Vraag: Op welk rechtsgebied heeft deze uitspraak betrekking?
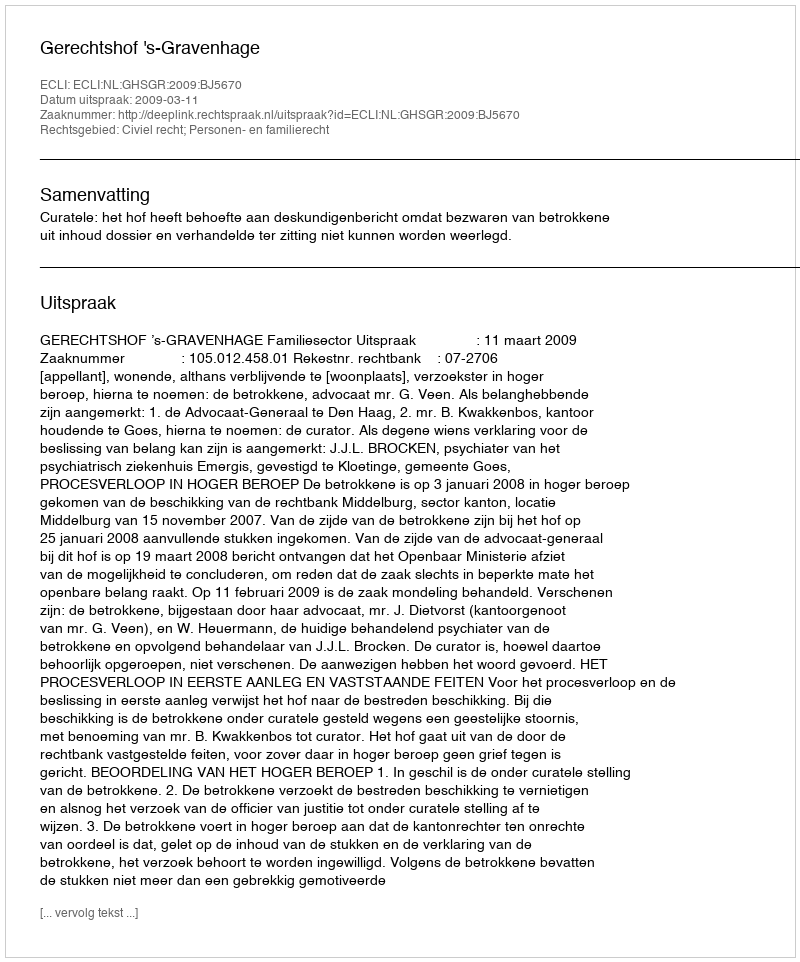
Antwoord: Civiel recht; Personen- en familierecht